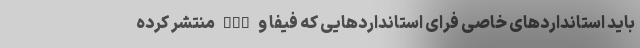
باید استانداردهای خاصی فرای استانداردهایی که فیفا و AFC منتشر کرده